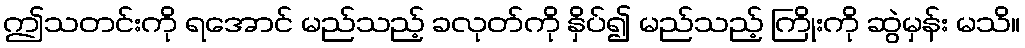
ဤသတင်းကို ရအောင် မည်သည့် ခလုတ်ကို နှိပ်၍ မည်သည့် ကြိုးကို ဆွဲမှန်း မသိ။